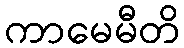
ကာမေမီတိ